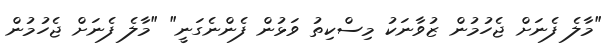
"މާލެ ފެނަށް ޖެހުމުން ޒުވާނަކު މިސްކިތު ވަޅުން ފެންނެގަނީ" "މާލެ ފެނަށް ޖެހުމުން